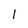
Character: 1